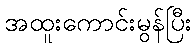
အထူးကောင်းမွန်ပြီး